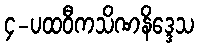
၄-ပထဝီကသိဏနိဒ္ဒေသ